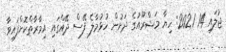
ޖުލައި 14 2021: ހިޔާ މަޝްރޫއުގެ ދަށުން ހުޅުމާލެ ފޭސް ދޭއްގައި އިމާރާތްކޮށްފައިވާ